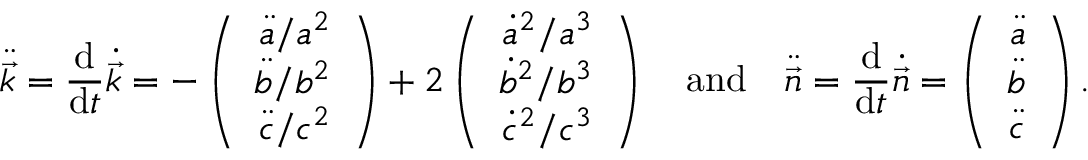
\ddot { \vec { k } } = \frac { \mathrm { d } } { \mathrm { d } t } \dot { \vec { k } } = - \left( \begin{array} { r } { \ddot { a } / a ^ { 2 } } \\ { \ddot { b } / b ^ { 2 } } \\ { \ddot { c } / c ^ { 2 } } \end{array} \right) + 2 \left( \begin{array} { r } { { \dot { a } } ^ { 2 } / a ^ { 3 } } \\ { { \dot { b } } ^ { 2 } / b ^ { 3 } } \\ { { \dot { c } } ^ { 2 } / c ^ { 3 } } \end{array} \right) \enspace \enspace \mathrm { a n d } \enspace \enspace \ddot { \vec { n } } = \frac { \mathrm { d } } { \mathrm { d } t } \dot { \vec { n } } = \left( \begin{array} { r } { \ddot { a } } \\ { \ddot { b } } \\ { \ddot { c } } \end{array} \right) .